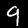
Digit: 9